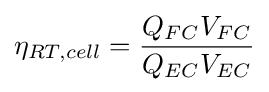
\eta _{RT,cell}={\frac {Q_{FC}V_{FC}}{Q_{EC}V_{EC}}}